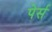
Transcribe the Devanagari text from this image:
पेर्स